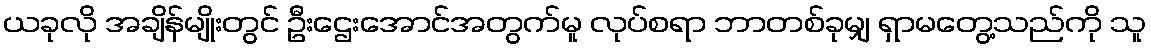
ယခုလို အချိန်မျိုးတွင် ဦးဌေးအောင်အတွက်မူ လုပ်စရာ ဘာတစ်ခုမျှ ရှာမတွေ့သည်ကို သူ